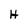
Character: H